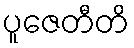
ပူဇေတီတိ